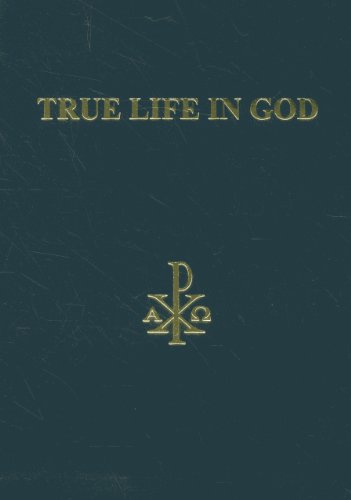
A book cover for True Life in God: Divine Dialogue; Vassula Ryden; Christian Books & Bibles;